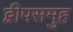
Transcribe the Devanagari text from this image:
द्वीपसमुह